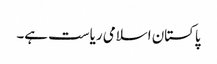
پاکستان اسلامی ریاست ہے۔